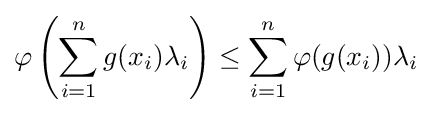
\varphi \left(\sum _{i=1}^{n}g(x_{i})\lambda _{i}\right)\leq \sum _{i=1}^{n}\varphi (g(x_{i}))\lambda _{i}